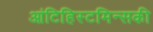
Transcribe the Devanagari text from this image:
आंटिहिस्टमिन्सकी